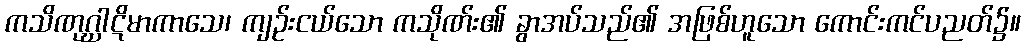
ကသိဏုဂ္ဃါဋိမာကာသေ၊ ကျဉ်းငယ်သော ကသိုဏ်း၏ ခွာအပ်သည်၏ အဖြစ်ဟူသော ကောင်းကင်ပညတ်၌။